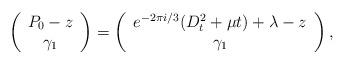
LaTeX: \begin{align*}\left( \begin{array}{c} P_0-z \\ \gamma_1 \\ \end{array}\right)=\left( \begin{array}{c} e^{-2\pi i/3}(D_t^2+\mu t)+\lambda-z \\ \gamma_1 \\ \end{array}\right),\end{align*}